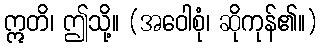
ဣတိ၊ ဤသို့။ (အဝေါစုံ၊ ဆိုကုန်၏။)